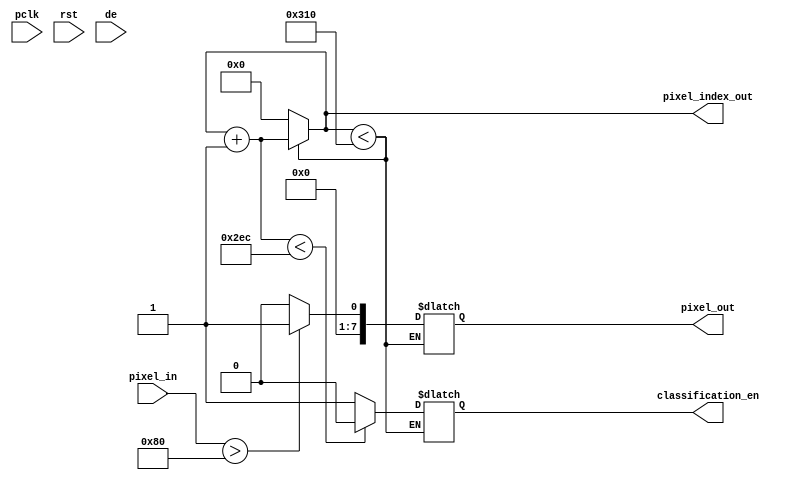

module  image_interface
#
(
    parameter   WEIGHTS_ADDR        =       10,             
    parameter   SAMPLE_COUNT        =       4,              //Down-Sample, 16pixel to 1pixel
    parameter   GRAY_WIDTH          =       8,
    parameter   GARY_THRESHOLD      =       128
)
(
    input                                   pclk,
    input                                   rst,
    input                                   de,
    input       [GRAY_WIDTH-1:0]            pixel_in,
    output reg  [GRAY_WIDTH-1:0]            pixel_out,
    output reg  [WEIGHTS_ADDR-1:0]          pixel_index_out,
    output reg                              classification_en              
);

    reg         [WEIGHTS_ADDR-1:0]          pixel_index_temp;
    reg         [SAMPLE_COUNT-1:0]          sample_count; 
    reg                                     pixel_en;
    
always@(posedge pclk)begin 

    if(de)begin
        sample_count = sample_count + 4'd1;
        pixel_en     = (sample_count == 4'd15) ? 1'd1 : 1'd0; 
    end
    
    if(sample_count == 4'd15)begin
        sample_count =  4'd0;
    end

end

always@(pixel_en)begin

    if(pixel_index_temp < 10'd784)begin
        pixel_index_temp = pixel_index_temp + 1'd1;
        pixel_out   = (pixel_in > GARY_THRESHOLD) ? 8'd1 : 8'd0;
        classification_en = (pixel_index_temp < 10'd748) ? 1'd0 : 1'd1; 
    end
    else begin 
        pixel_index_temp = 10'd0;
    end
end

always@(*)begin
    pixel_index_out <= pixel_index_temp;
end

endmodule